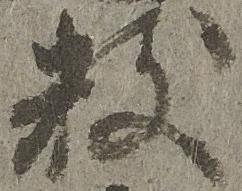
数